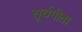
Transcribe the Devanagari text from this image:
सूर्यगीता